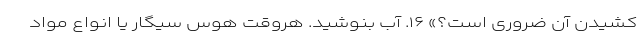
کشیدن آن ضروری است؟» ۱۶. آب بنوشید. هروقت هوس سیگار یا انواع مواد